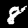
Digit: 8